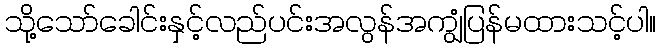
သို့သော်ခေါင်းနှင့်လည်ပင်းအလွန်အကျွံပြန်မထားသင့်ပါ။